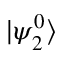
| \psi _ { 2 } ^ { 0 } \rangle